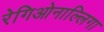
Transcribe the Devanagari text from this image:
रेगिओनाल्लिगा